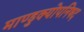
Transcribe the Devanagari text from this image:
माण्डुक्योपनिषद